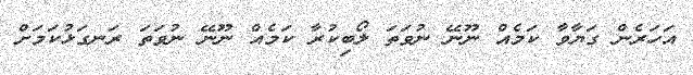
އަހަރެން ގަޔާވާ ކަމެއް ނޫނޭ ނުވަތަ ލޯބިކުރާ ކަމެއް ނޫނޭ ނުވަތަ ރަނގަޅުކަމަށް